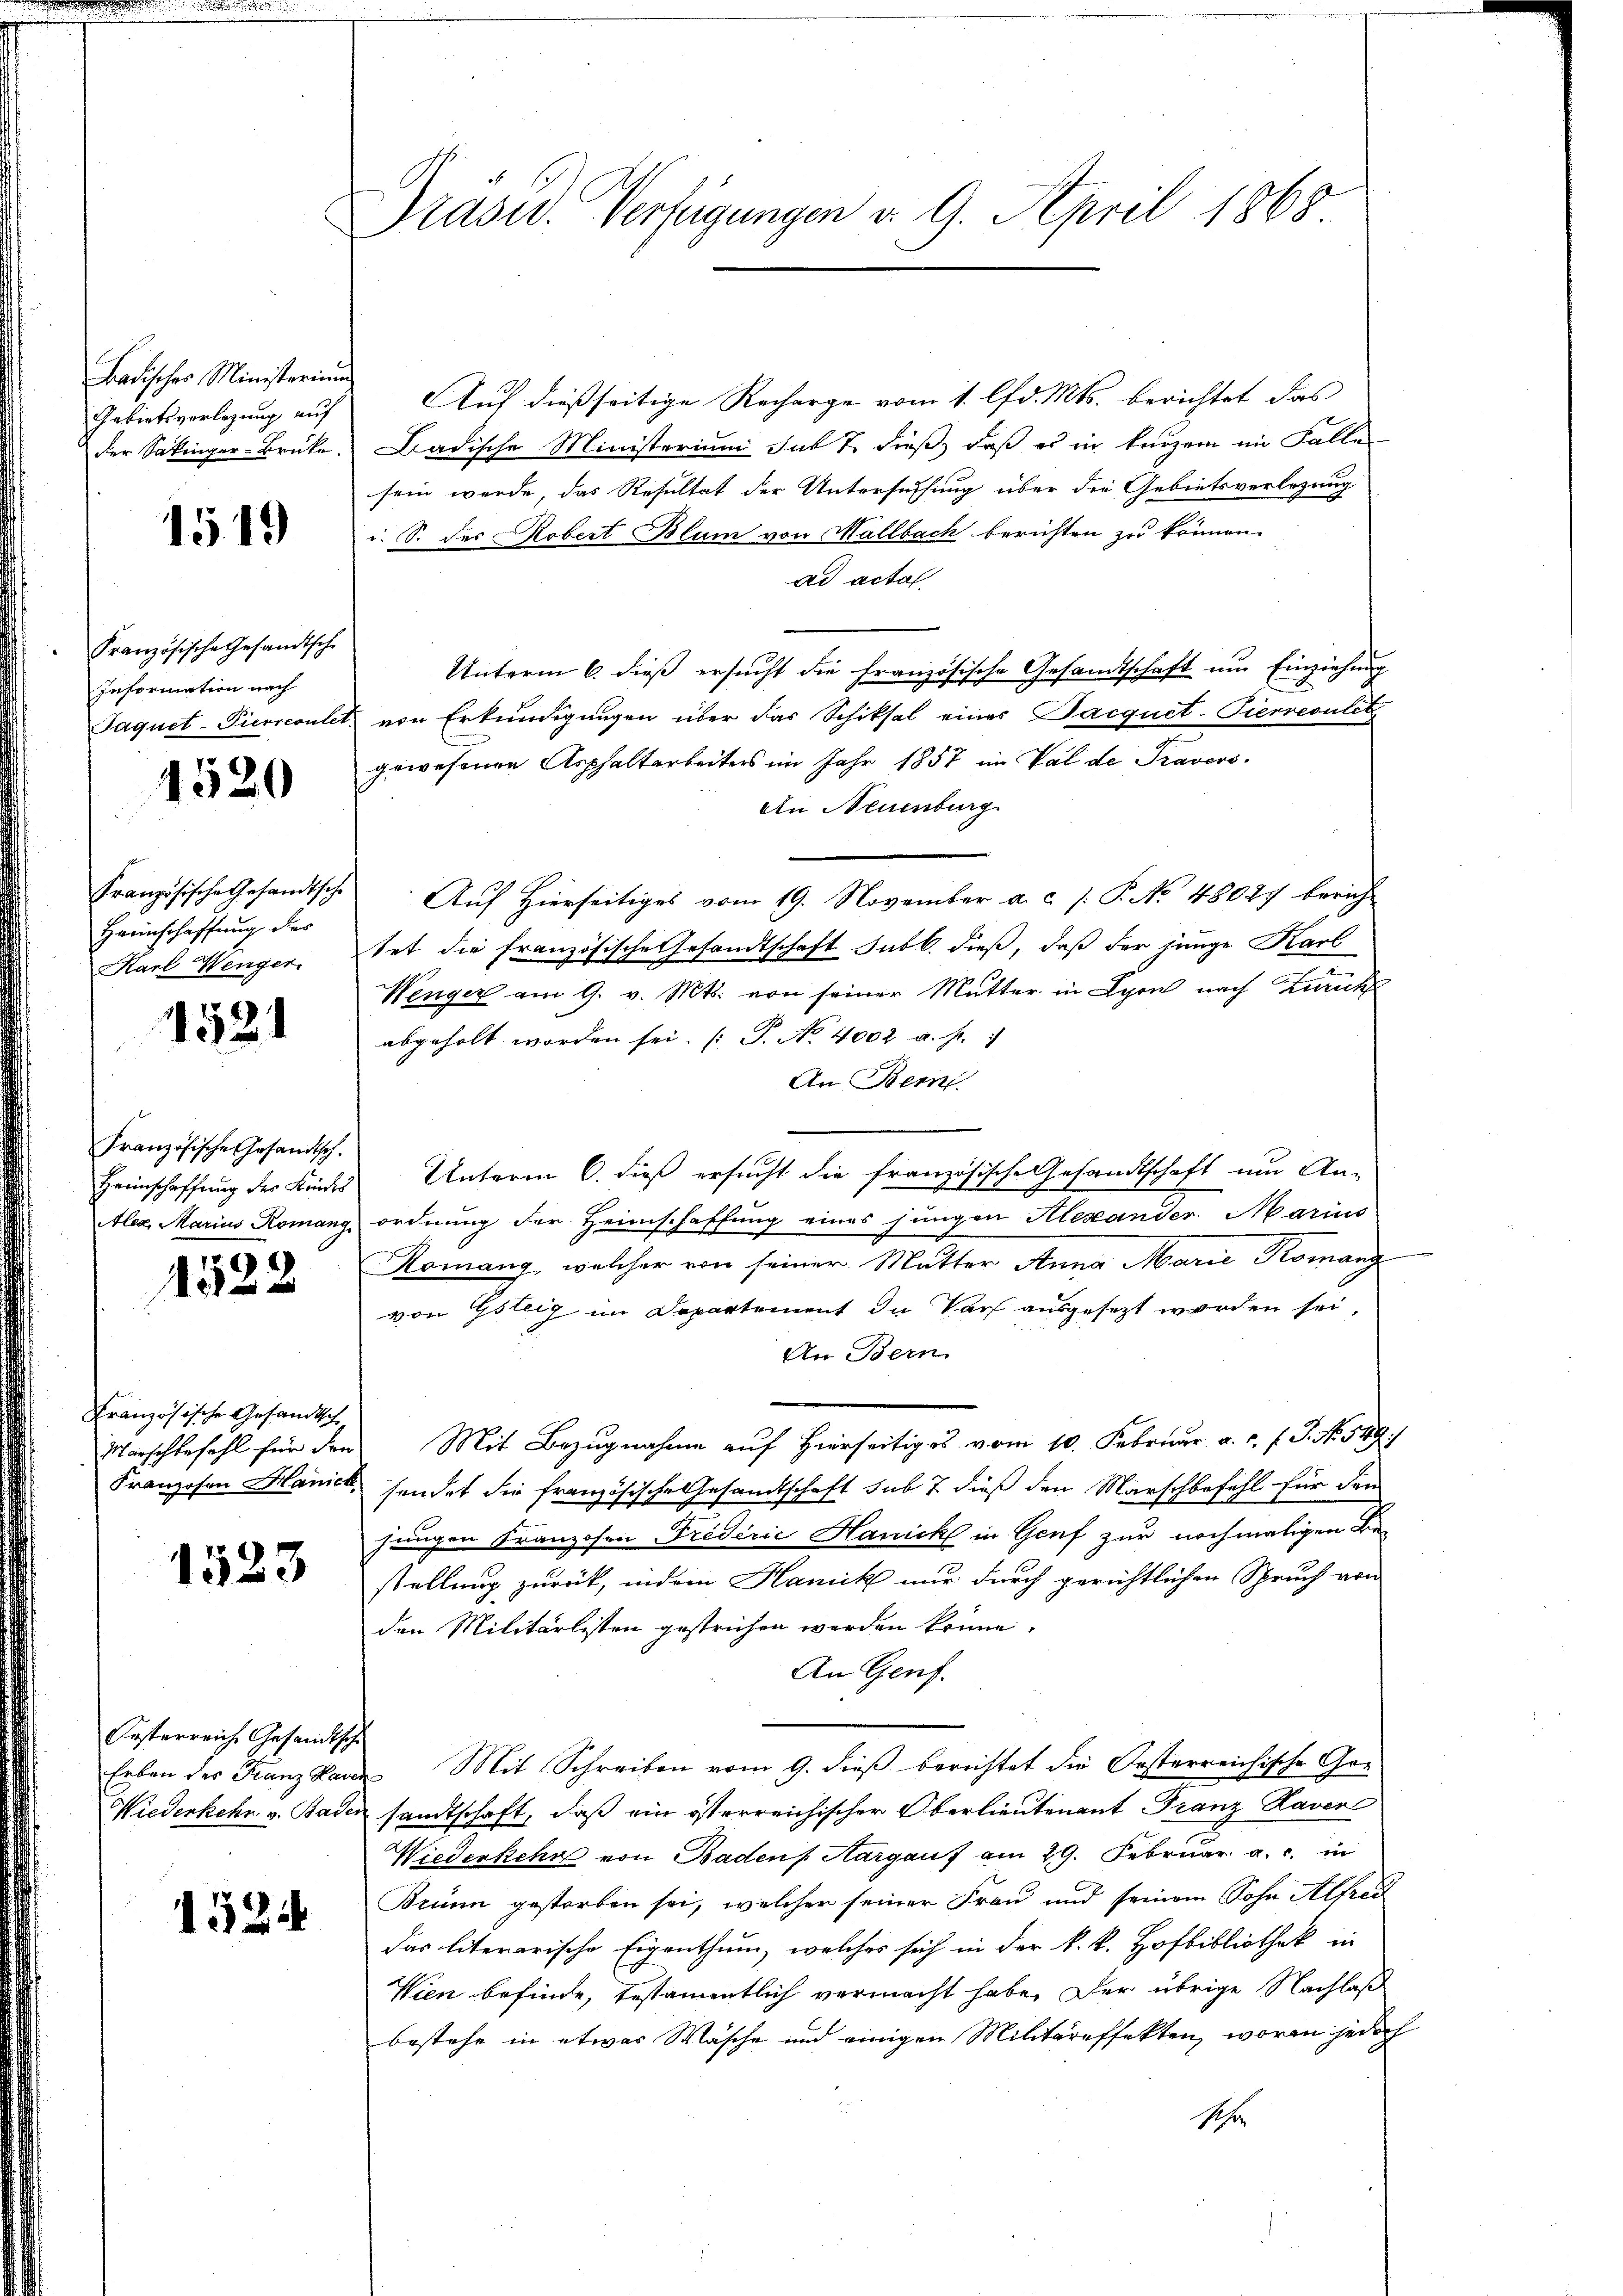
Badisches Ministerium
Gebietsverlegung auf
der Sakinger-Brüke.

1519

Französische Gesandtsch
Information nach
Paquet-Pierrerulet

4520

Französische Gesandtsche
Haunschaffung der
Karl Wenger.

4521

Französische Gesandtsch.
Heimschaffung des Krichs
Aleg, Marius Romang

1522

Französische Gesandtsche
Marschbefehl für den
Franzosen Hanick

1523

Oesterreich Gesandtsche

1524

Präsid. Verfügungen d. 9. April 1868

Auf dießseitige Recharge vom 1. lfd. Mts. berichtet das
Badische Ministerium sub 7 dieß, daß es in kurzem im Falle
sein werde, das Resultat der Untersuchung über die Gebietsverlegung
i. S. des Robert Blum von Mallbach berichten zu können.
ad acta
Unterm 6. dieß ersucht die französische Gesandtschaft um Einziehung
von Erkundigungen über das Schiksal eines Pacquet-Pierresulitz
gewesenen Asphaltarbeiters im Jahr 1857 im Val de Pravers.
ain Neuenburg
Auf Hierseitiges vom 19. November a. c. J. P. No 48027 bericht
tet die französische Gesandtschaft sub b. dieß, daß der junge Karl
Wenger am 9. v. Mts. von seiner Mutter in Lyon nach Zürich
abgeholt worden sei. (: P. No 4002 a. f. 1
An Bern
Unterm 6. dieß ersucht die französische Gesandtschaft um An-
ordnung der Heimschaffung eines jungen Alexander Marius
Komang, welcher von seiner Mutter Anna Marie Komanz
von Gsteig im Departement du Par ausgesezt worden sei,
An Bern
Mit Bezugnahme auf Hierseitiges vom 10. Februar a. c. l. J. No. 549)
sendet die französische Gesandtschaft sub 7 dieß den Marschbefehl für den
jungen Franzosen Friderie Hanick in Genf zur nochmaligen Bestellung zurück, indem Hanck nur durch gerichtlichen Spruch von
den Militärlisten gestrichen werden könne.
An Genf.
Erben der Franz kann Mit Schreiben vom 9. dieß berichtet die Oesterreichische Go¬
Wiederkehr v. Baden sandtschaft, daß ein österreichischer Oberlieutenant Franz Raver
Wiederkehr von Badens Aargauf am 29. Februar a. c. in
Brünn gestorben sei, welcher seiner Frau und seinem Sohn Alfred
das literarische Eigenthum, welches sich in der k.k. Hofbibliothek in
Wien befinde, testamentlich vermacht habe. Der übrige Nachlaß
bestehe in etwas Wasche und einigen Militäreffekten, worin jedoch
Seh